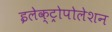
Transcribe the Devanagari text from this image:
इलेक्ट्रोपोलेशन